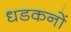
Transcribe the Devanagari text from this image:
धडकनों